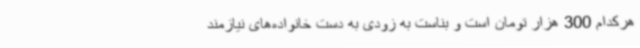
هرکدام 300 هزار تومان است و بناست به زودی به دست خانواده‌های نیازمند